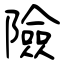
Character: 險